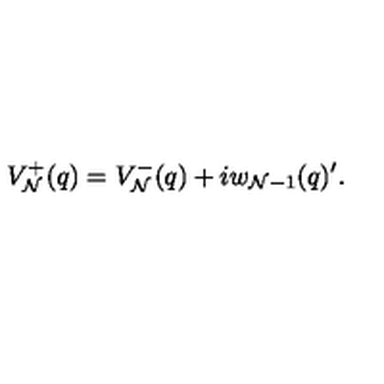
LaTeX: V _ { \cal N } ^ { + } ( q ) = V _ { \cal N } ^ { - } ( q ) + i w _ { { \cal N } - 1 } ( q ) ^ { \prime } .